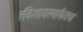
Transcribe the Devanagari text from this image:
लँकेशायरमार्फतच